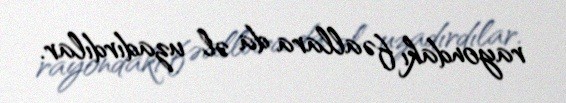
rayondakı fəallara da əl uzadırdılar.